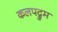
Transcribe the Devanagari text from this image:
कलपद्रुम